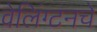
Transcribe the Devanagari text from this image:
वेलिंग्टनचे